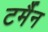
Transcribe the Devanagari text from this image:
टर्मैन